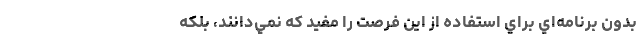
بدون برنامه‌اي براي استفاده از اين فرصت را مفيد كه نمي‌دانند، بلكه